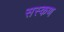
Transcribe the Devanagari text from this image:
सस्कण